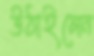
উঠাইলেন